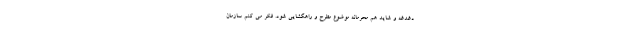
دغدغه و شاید هم محرمانه موضوع مطرح و راهگشایی شود. فکر می کنم سازمان